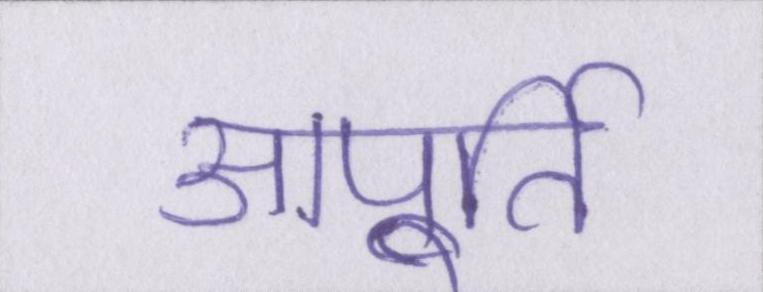
आपूर्ति